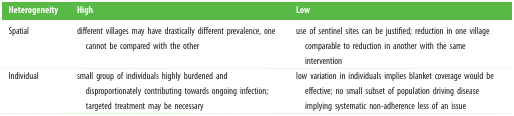
| Heterogeneity | High | Low |
 | --- | --- | --- |
 | Spatial | different villages may have drastically different prevalence, one cannot be compared with the other | use of sentinel sites can be justified; reduction in one village comparable to reduction in another with the same intervention |
 | Individual | small group of individuals highly burdened and disproportionately contributing towards ongoing infection; targeted treatment may be necessary | low variation in individuals implies blanket coverage would be effective; no small subset of population driving disease implying systematic non-adherence less of an issue |